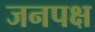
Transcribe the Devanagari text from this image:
जनपक्ष